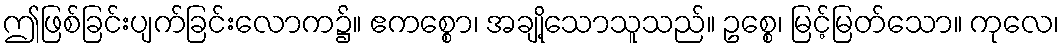
ဤဖြစ်ခြင်းပျက်ခြင်းလောက၌။ ဧကစ္စော၊ အချို့သောသူသည်။ ဥစ္စေ၊ မြင့်မြတ်သော။ ကုလေ၊